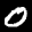
Label: 0